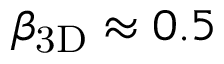
\beta _ { \mathrm { 3 D } } \approx 0 . 5